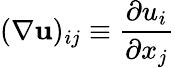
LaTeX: (\nabla\mathbf{u})_{ij}\equiv\frac{\partial u_{i}}{\partial x_{j}}